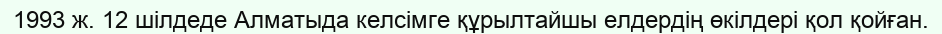
1993 ж. 12 шілдеде Алматыда келсімге құрылтайшы елдердің өкілдері қол қойған.